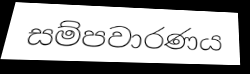
සම්පවාරණය